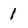
Character: 1